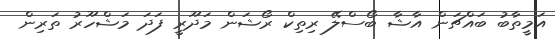
އަމީތާބު ބައްޗަން އާޝާ ބޯސްލޭ ރިތިކް ރޯޝަން މަދޫރީ ފަދަ މަޝްހޫރު ތަރިން